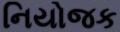
નિયોજક